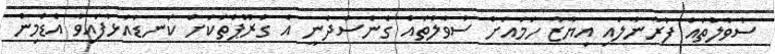
ސުވާލުތައް ފުރާނާލައި އިޔާޒާ ހަމައަށް ސުވާލުތައް ގެނެސްދެނީ އެ ގުރޫޕުތަކަށް ކަނޑައަޅާފައިވާ އެޑްމިން